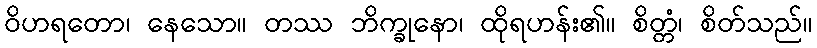
ဝိဟရတော၊ နေသော။ တဿ ဘိက္ခုနော၊ ထိုရဟန်း၏။ စိတ္တံ၊ စိတ်သည်။